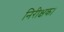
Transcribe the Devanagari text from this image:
निरीक्षक।